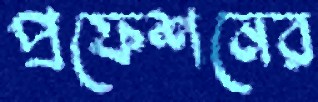
প্রফেশনের